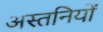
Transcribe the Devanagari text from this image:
अस्तनियों